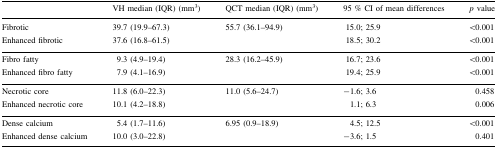
<table><thead><tr><td></td><td><b>VH median (IQR) (mm<sup>3</sup>)</b></td><td><b>QCT median (IQR) (mm<sup>3</sup>)</b></td><td><b>95 % CI of mean differences</b></td><td><b><i>p</i> value</b></td></tr></thead><tbody><tr><td>Fibrotic</td><td>39.7 (19.9–67.3)</td><td rowspan="2">55.7 (36.1–94.9)</td><td>15.0; 25.9</td><td>&lt;0.001</td></tr><tr><td>Enhanced fibrotic</td><td>37.6 (16.8–61.5)</td><td>18.5; 30.2</td><td>&lt;0.001</td></tr><tr><td>Fibro fatty</td><td>9.3 (4.9–19.4)</td><td rowspan="2">28.3 (16.2–45.9)</td><td>16.7; 23.6</td><td>&lt;0.001</td></tr><tr><td>Enhanced fibro fatty</td><td>7.9 (4.1–16.9)</td><td>19.4; 25.9</td><td>&lt;0.001</td></tr><tr><td>Necrotic core</td><td>11.8 (6.0–22.3)</td><td rowspan="2">11.0 (5.6–24.7)</td><td>−1.6; 3.6</td><td>0.458</td></tr><tr><td>Enhanced necrotic core</td><td>10.1 (4.2–18.8)</td><td>1.1; 6.3</td><td>0.006</td></tr><tr><td>Dense calcium</td><td>5.4 (1.7–11.6)</td><td rowspan="2">6.95 (0.9–18.9)</td><td>4.5; 12.5</td><td>&lt;0.001</td></tr><tr><td>Enhanced dense calcium</td><td>10.0 (3.0–22.8)</td><td>−3.6; 1.5</td><td>0.401</td></tr></tbody></table>